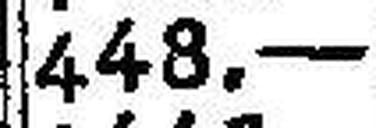
448.—